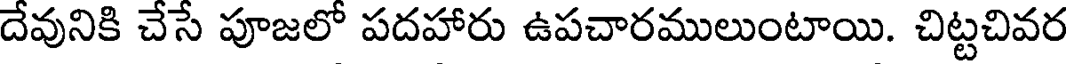
దేవునికి చేసే పూజలో పదహారు ఉపచారములుంటాయి. చిట్టచివర